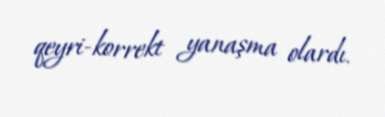
qeyri-korrekt yanaşma olardı.